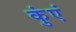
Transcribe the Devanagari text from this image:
कुंएं